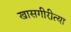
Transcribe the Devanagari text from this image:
खासगीरीत्या